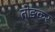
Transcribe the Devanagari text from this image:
तोङकर